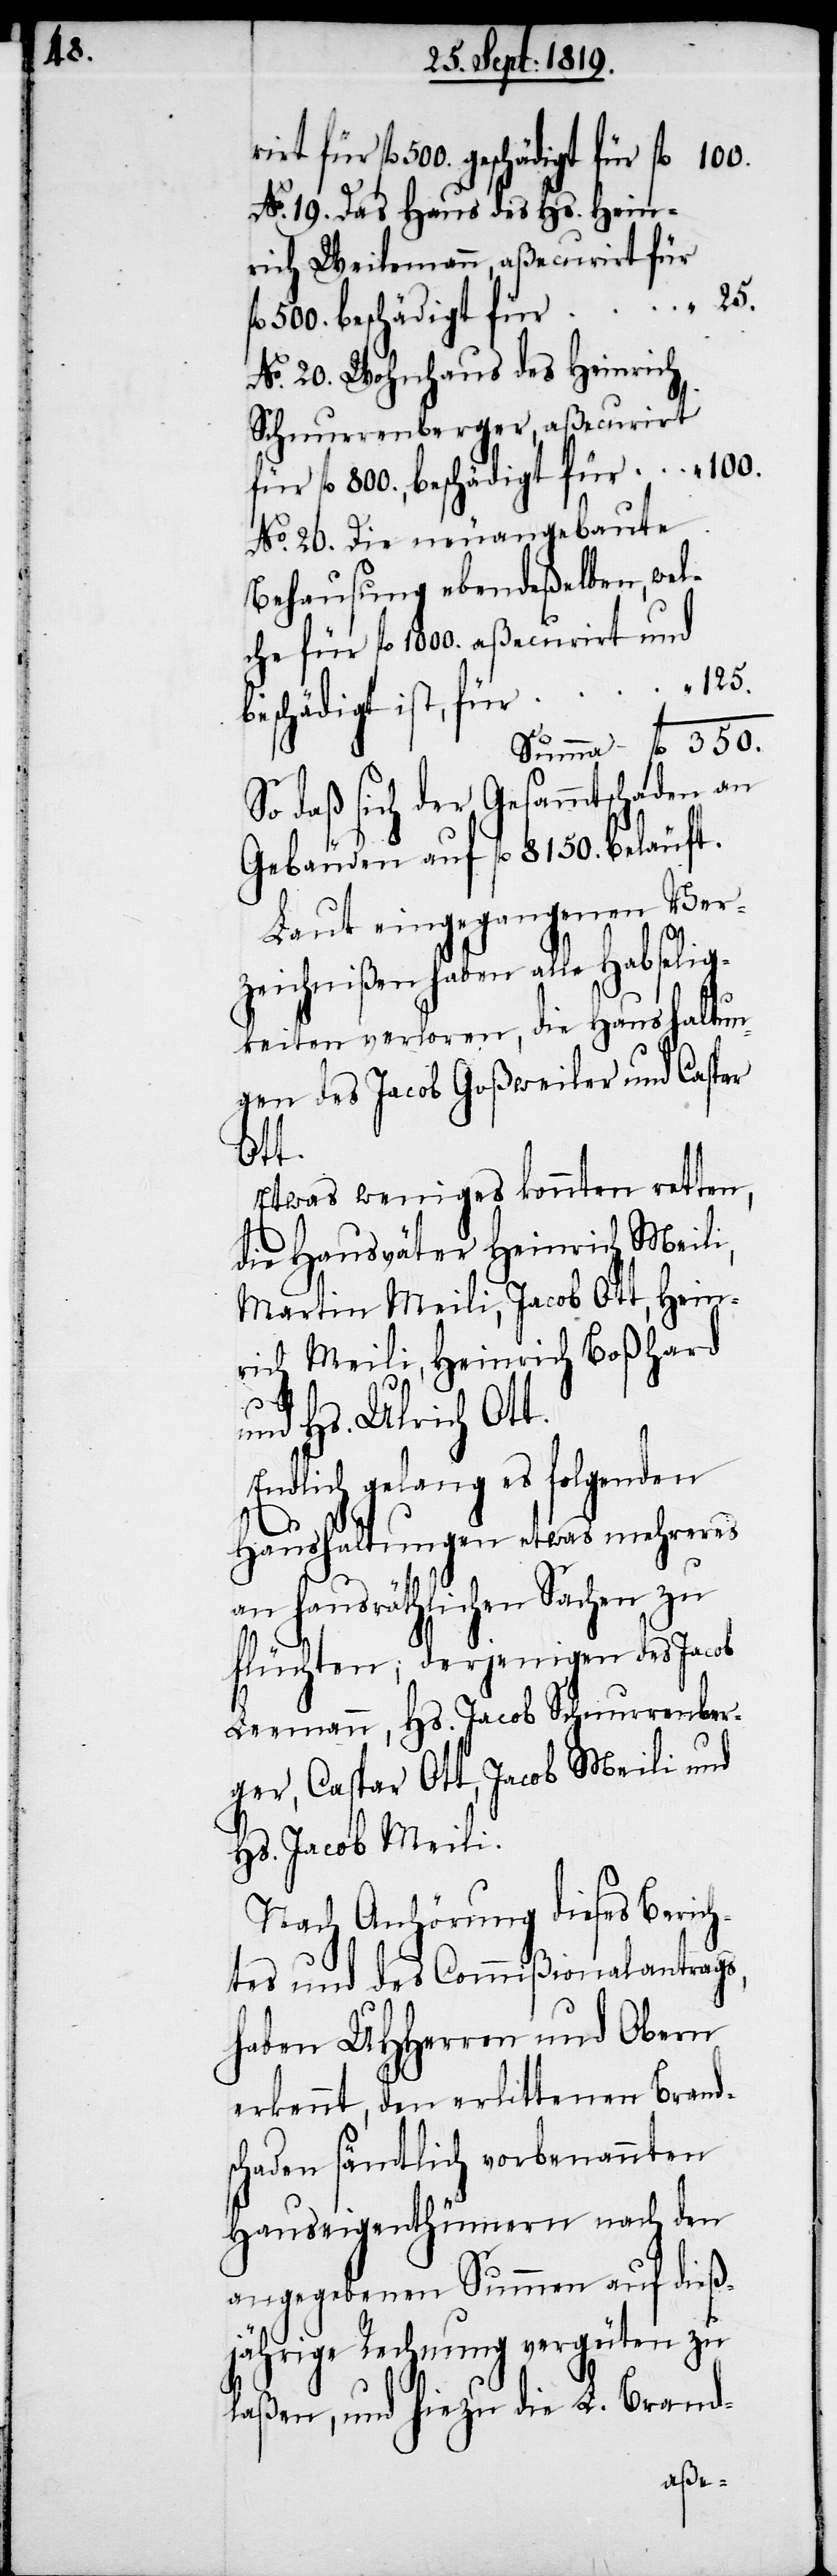
100.

No. 19. Das Haus des Hs. Hein¬
rich Weilemann, aßecurirt für
No. 20. Wohnhaus des Heinrich
Schnurrenberger, aßecurirt
für fl. 800., beschädigt für
No. 20. Die neuangebaute
Behausung ebendeßelben, wel¬
che für fl. 1000. aßecurirt und
beschädigt ist, für
So daß sich der Gesammtschaden an
Gebäuden auf fl. 8150. beläuft.
Laut eingegangenen Ver¬
zeichnißen haben alle Habselig¬
keiten verloren, die Haushaltun¬
gen des Jacob Goßweiler und Caspar
Ott.
Etwas weniges konnten retten,
die Hausväter Heinrich Meili,
Martin Meili, Jacob Ott, Hein¬
rich Meili, Heinrich Boßhard
350.
Hs. Jacob Meili.
Nach Anhörung dieses Berich¬
tes und des Commißionalantrags,
haben UHHerren und Obern
erkennt, den erlittenen Brands¬
chaden sämtlich vorbenannten
Hauseigenthümern nach den
angegebenen Summen auf dieß¬
jährige Rechnung vergütern zu
laßen, und hiezu die L. Brand-